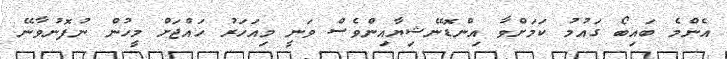
އެންމެ ބައިބޯ ގައުމު ކަމަށްވާ އިންޑޮނޭޝިޔާއިންވެސް ވަނީ މިއަހަރު ހައްޖަށް މީހުން ނުފޮނުވާނޭ